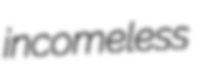
incomeless